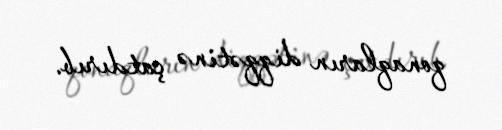
qonaqların diqqətinə çatdırıb.